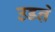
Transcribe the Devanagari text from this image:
उडऩे